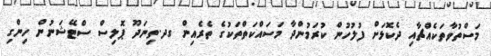
މަސްތުވާތަކެއްޗާއި ދެކޮޅަށް ފުލުހުން ކުރަމުންދާ މަސައްކަތްތަކުގެ ތެރެއިން ގދ.ތިނަދޫ ޕޮލިސް ސްޓޭޝަނުން ހިންގި